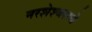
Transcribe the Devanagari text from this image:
नरशेश्‍वराचे